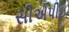
સીએપીઇ